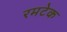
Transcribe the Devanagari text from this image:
रमटेक